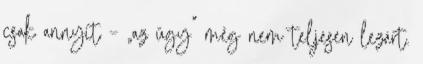
csak annyit – „az ügy” még nem teljesen le­zárt.